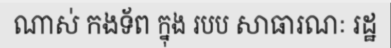
ណាស់ កងទ័ព ក្នុង របប សាធារណៈ រដ្ឋ